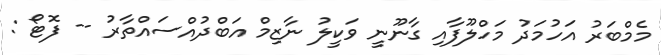
މެމްބަރު އަހުމަދު މަހްލޫފާއި ގާނޫނީ ވަކީލު ނާޒިމް އަބްދުއްސައްތާރު -- ފޮޓޯ :